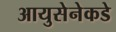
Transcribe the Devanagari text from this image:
आयुसेनेकडे